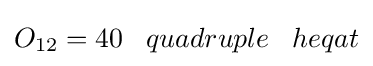
O_{12}=40\;\;\;quadruple\;\;\;heqat